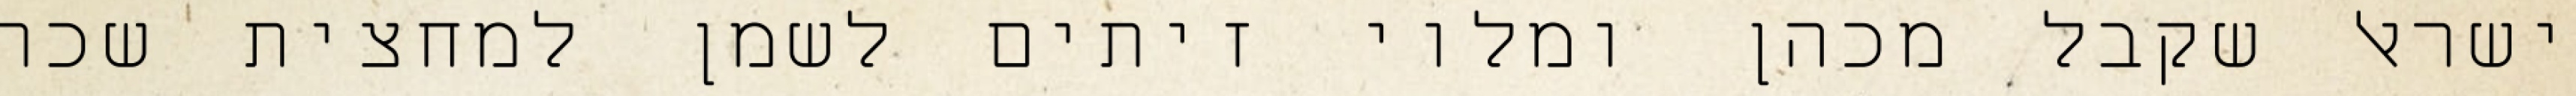
ישראל שקבל מכהן ומלוי זיתים לשמן למחצית שכר